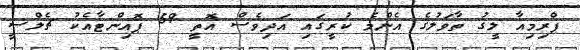
ޕްރިމިއާ ލީގު ތާވަލުގެ އެންމެ ކުރީގައި އަދިވެސް އޮތީ 59 ޕޮއިންޓާއެކު ޗެލްސީ